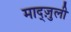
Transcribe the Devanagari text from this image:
माद्ज़ुली